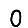
Digit: 0